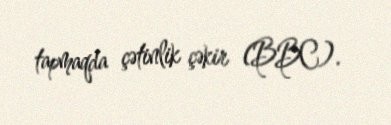
tapmaqda çətinlik çəkir (BBC).